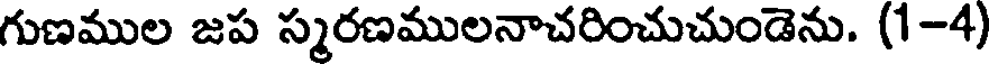
గుణముల జప స్మరణములనాచరించుచుండెను. (1-4)